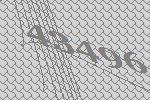
43496